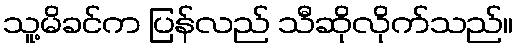
သူ့မိခင်က ပြန်လည် သီဆိုလိုက်သည်။